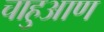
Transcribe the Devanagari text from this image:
चाहुआण